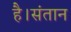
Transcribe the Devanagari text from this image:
है।संतान